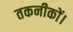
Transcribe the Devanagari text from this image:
तकनीकों।